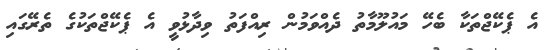
އެ ޕެކޭޖްތަކާ ބެހޭ މައުލޫމާތު ދެއްވަމުން ރިއްފަތު ވިދާޅުވީ އެ ޕެކޭޖްތަކުގެ ތެރޭގައި